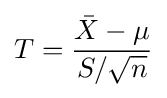
T={\frac {{\bar {X}}-\mu }{S/{\sqrt {n}}}}